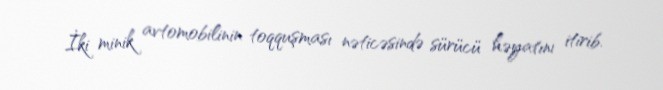
İki minik avtomobilinin toqquşması nəticəsində sürücü həyatını itirib.